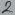
Text: 2